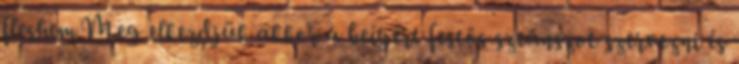
fleshem.Meg elkezdjük akkor a beígért festős szeánszot szervezni és